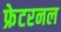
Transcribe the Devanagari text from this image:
फ्रेटरनल